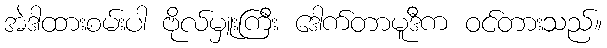
အဲဒါထားစမ်းပါ ဗိုလ်မှူးကြီး ဒေါက်တာမူဒီက ဝင်တားသည်။